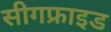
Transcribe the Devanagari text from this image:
सीगफ्राइड